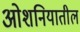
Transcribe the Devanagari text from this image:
ओशनियातील